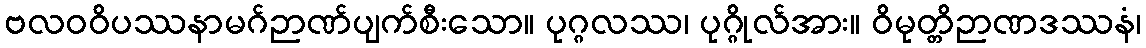
ဗလဝဝိပဿနာမဂ်ဉာဏ်ပျက်စီးသော။ ပုဂ္ဂလဿ၊ ပုဂ္ဂိုလ်အား။ ဝိမုတ္တိဉာဏဒဿနံ၊